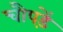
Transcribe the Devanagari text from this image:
चौपड़ें